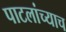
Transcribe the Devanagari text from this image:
पाटलांच्याच